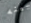
بينه